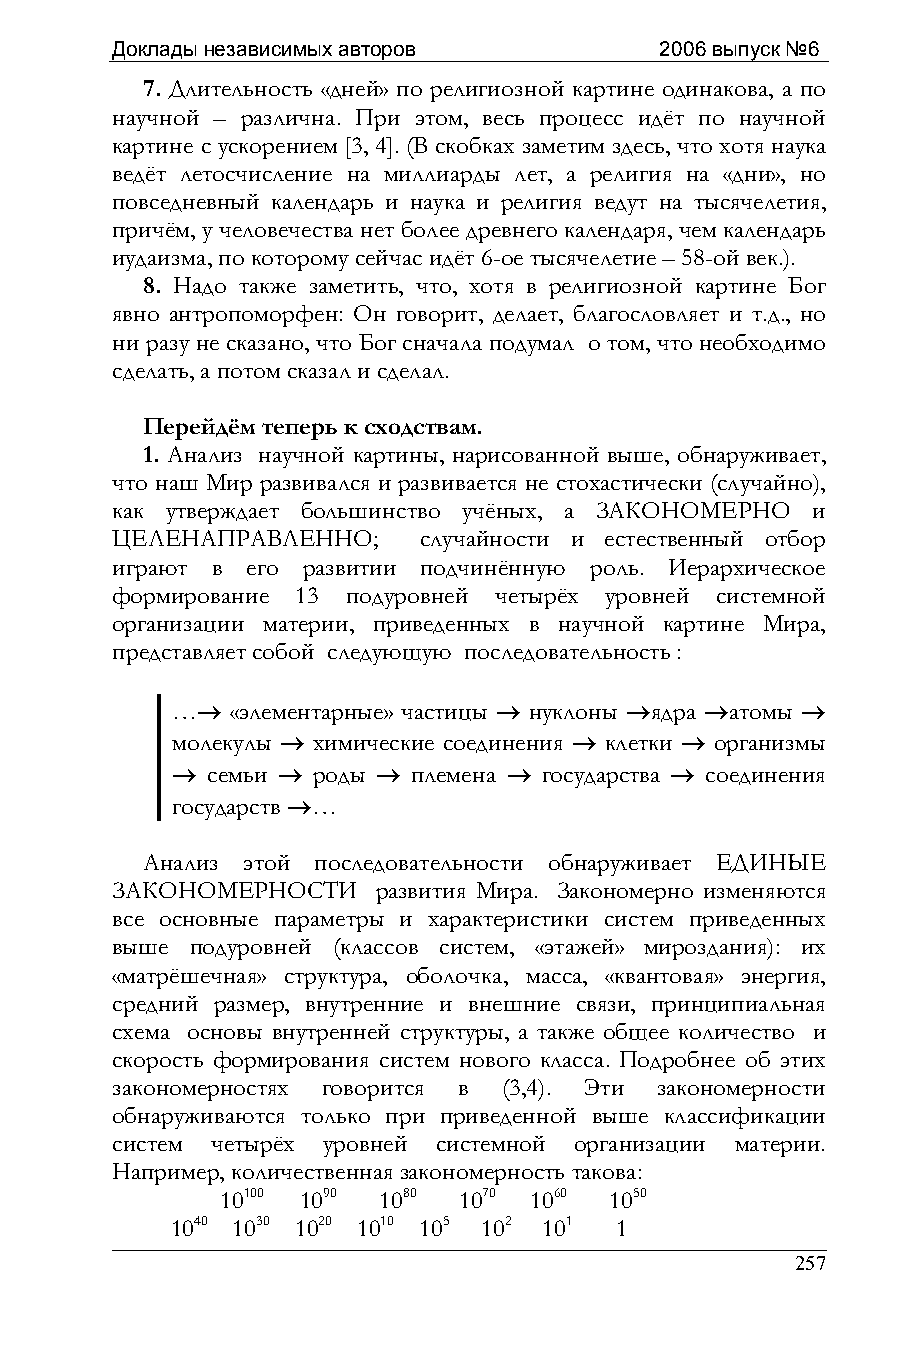
Доклады независимых авторов          2006 выпуск №6
 7. Длительность «дней» по религиозной картине одинакова, а по
 научной – различна. При этом, весь процесс идёт по научной
 картине с ускорением [3, 4]. (В скобках заметим здесь, что хотя наука
 ведёт летосчисление на миллиарды лет, а религия на «дни», но
 повседневный календарь и наука и религия ведут на тысячелетия,
 причём, у человечества нет более древнего календаря, чем календарь
 иудаизма, по которому сейчас идёт 6-ое тысячелетие – 58-ой век.).
 8. Надо также заметить, что, хотя в религиозной картине Бог
 явно антропоморфен: Он говорит, делает, благословляет и т.д., но
 ни разу не сказано, что Бог сначала подумал о том, что необходимо
 сделать, а потом сказал и сделал.
 Перейдём теперь к сходствам.
 1. Анализ научной картины, нарисованной выше, обнаруживает,
 что наш Мир развивался и развивается не стохастически (случайно),
 как утверждает большинство учёных, а ЗАКОНОМЕРНО и
 ЦЕЛЕНАПРАВЛЕННО;     случайности и естественный отбор
 играют в его развитии подчинённую роль. Иерархическое
 формирование 13 подуровней четырёх уровней системной
 организации материи, приведенных в научной картине Мира,
 представляет собой следующую последовательность :
 …→  «элементарные» частицы → нуклоны →ядра →атомы →
 молекулы → химические соединения → клетки → организмы
 →  семьи → роды → племена → государства → соединения
 государств →…
 Анализ этой последовательности обнаруживает ЕДИНЫЕ
 ЗАКОНОМЕРНОСТИ    развития Мира. Закономерно изменяются
 все основные параметры и характеристики систем приведенных
 выше  подуровней (классов систем, «этажей» мироздания): их
 «матрёшечная» структура, оболочка, масса, «квантовая» энергия,
 средний размер, внутренние и внешние связи, принципиальная
 схема основы внутренней структуры, а также общее количество и
 скорость формирования систем нового класса. Подробнее об этих
 закономерностях говорится в (3,4). Эти закономерности
 обнаруживаются только при приведенной выше классификации
 систем четырёх уровней системной организации материи.
 Например, количественная закономерность такова:
 10100 1090 1080 1070 1060 1050
 1040 1030 1020 1010 105 102 101 1
 257